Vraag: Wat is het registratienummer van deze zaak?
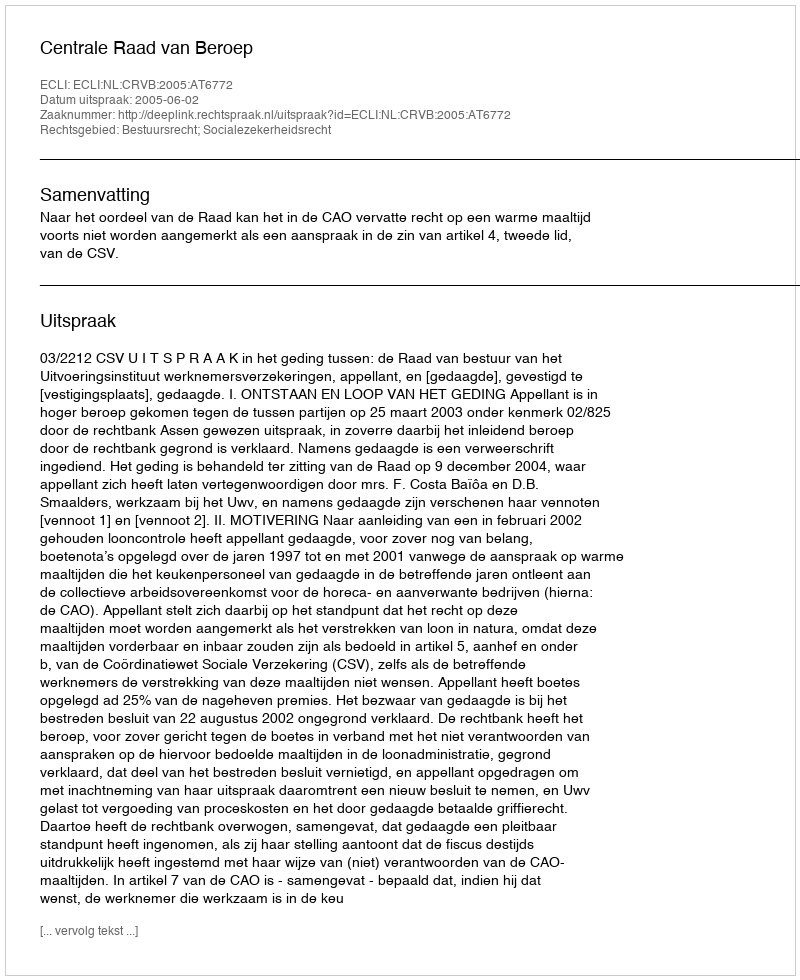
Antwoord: http://deeplink.rechtspraak.nl/uitspraak?id=ECLI:NL:CRVB:2005:AT6772